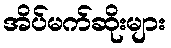
အိပ်မက်ဆိုးများ